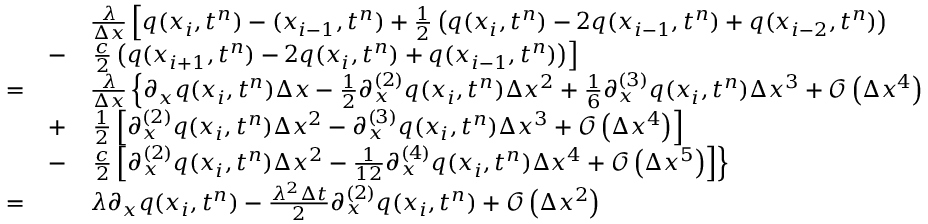
\begin{array} { r l r l } & { } & & { \frac { \lambda } { \Delta x } \left[ q ( x _ { { i } } , t ^ { n } ) - ( x _ { { i } - 1 } , t ^ { n } ) + \frac { 1 } { 2 } \left( q ( x _ { { i } } , t ^ { n } ) - 2 q ( x _ { { i } - 1 } , t ^ { n } ) + q ( x _ { { i } - 2 } , t ^ { n } ) \right) \right. } \\ & { } & { - } & { \left. \frac { c } { 2 } \left( q ( x _ { { i } + 1 } , t ^ { n } ) - 2 q ( x _ { { i } } , t ^ { n } ) + q ( x _ { { i } - 1 } , t ^ { n } ) \right) \right] } \\ & { = } & & { \frac { \lambda } { \Delta x } \left\lbrace \partial _ { x } q ( x _ { { i } } , t ^ { n } ) \Delta x - \frac { 1 } { 2 } \partial _ { x } ^ { ( 2 ) } q ( x _ { { i } } , t ^ { n } ) \Delta x ^ { 2 } + \frac { 1 } { 6 } \partial _ { x } ^ { ( 3 ) } q ( x _ { { i } } , t ^ { n } ) \Delta x ^ { 3 } + \mathcal { O } \left( \Delta x ^ { 4 } \right) \right. } \\ & { } & { + } & { \left. \frac { 1 } { 2 } \left[ \partial _ { x } ^ { ( 2 ) } q ( x _ { { i } } , t ^ { n } ) \Delta x ^ { 2 } - \partial _ { x } ^ { ( 3 ) } q ( x _ { { i } } , t ^ { n } ) \Delta x ^ { 3 } + \mathcal { O } \left( \Delta x ^ { 4 } \right) \right] \right. } \\ & { } & { - } & { \left. \frac { c } { 2 } \left[ \partial _ { x } ^ { ( 2 ) } q ( x _ { { i } } , t ^ { n } ) \Delta x ^ { 2 } - \frac { 1 } { 1 2 } \partial _ { x } ^ { ( 4 ) } q ( x _ { { i } } , t ^ { n } ) \Delta x ^ { 4 } + \mathcal { O } \left( \Delta x ^ { 5 } \right) \right] \right\rbrace } \\ & { = } & & { \lambda \partial _ { x } q ( x _ { { i } } , t ^ { n } ) - \frac { \lambda ^ { 2 } \Delta t } { 2 } \partial _ { x } ^ { ( 2 ) } q ( x _ { { i } } , t ^ { n } ) + \mathcal { O } \left( \Delta x ^ { 2 } \right) } \end{array}